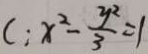
C : x ^ { 2 } - \frac { y ^ { 2 } } { 3 } = 1